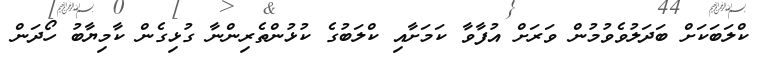
ކްލަބަކަށް ބަދަލުވެވުމުން ވަރަށް އުފާވާ ކަމަށާއި ކްލަބުގެ ކުޅުންތެރިންނާ ގުޅިގެން ކާމިޔާބު ހޯދަން